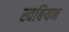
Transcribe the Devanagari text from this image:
स्वबियन